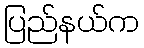
ပြည်နယ်က